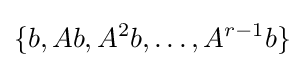
\{b,Ab,A^{2}b,\ldots ,A^{r-1}b\}